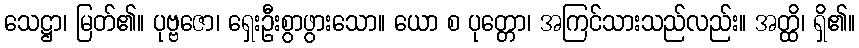
သေဋ္ဌာ၊ မြတ်၏။ ပုဗ္ဗဇော၊ ရှေးဦးစွာဖွားသော။ ယော စ ပုတ္တော၊ အကြင်သားသည်လည်း။ အတ္ထိ၊ ရှိ၏။